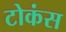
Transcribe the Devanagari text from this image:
टोकंस